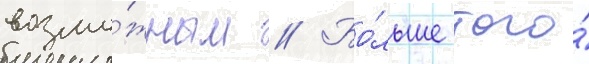
возмо́жным // Бо́льше того́